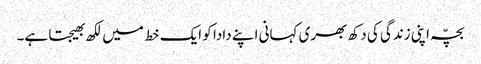
بچّہ اپنی زندگی کی دکھ بھری کہانی اپنے دادا کو ایک خط میں لکھ بھیجتا ہے۔